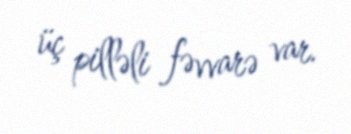
üç pilləli fəvvarə var.